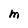
Character: M